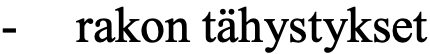
-  rakon tähystykset